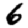
Digit: 6